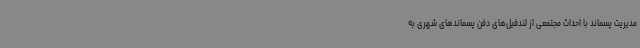
مدیریت پسماند با احداث مجتمعی از لندفیل‌های دفن پسماندهای شهری به